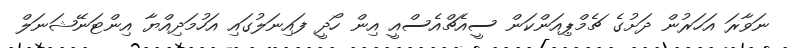
ނަވާރަ އަހަރުން ދަށުގެ ޗެމްޕިއަންކަން ސީއެޗްއެސްއީ އިން ހޯދީ ފައިނަލުގައި އަހުމަދިއްޔާ އިންޓަނޭޝަނަލް